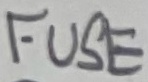
Text: FUSE